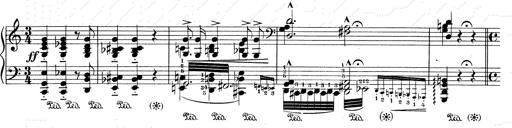
Title: RÃ©miniscences de Don Juan
Composer: Franz Liszt